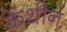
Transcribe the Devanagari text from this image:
केंथीन